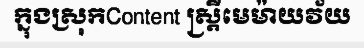
ក្នុងស្រុកContent ស្ត្រីមេម៉ាយវ័យ